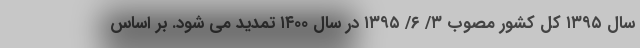
سال ۱۳۹۵ کل کشور مصوب ۳/ ۶/ ۱۳۹۵ در سال ۱۴۰۰ تمدید می شود. بر اساس